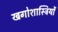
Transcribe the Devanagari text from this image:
खगोशास्त्रियों